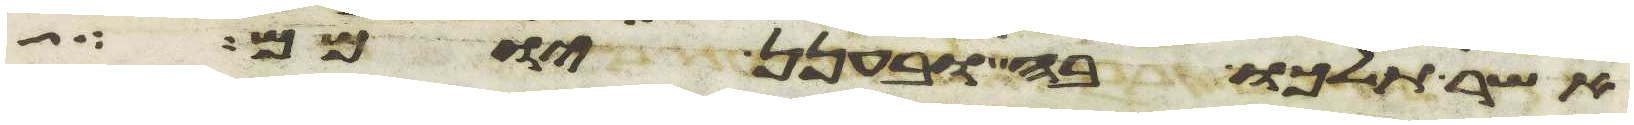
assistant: אשר תלכו בה ובענן יומם